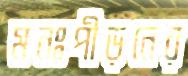
মনঃপীড়নের